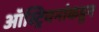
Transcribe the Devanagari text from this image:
ऑस्ट्रियनांकडून